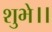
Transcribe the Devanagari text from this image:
शुभे।।